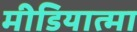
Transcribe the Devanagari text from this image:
मीडियात्मा